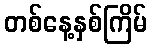
တစ်နေ့နှစ်ကြိမ်